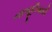
નાબૂદીવાદી